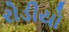
રોડીયો